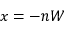
x = - n W